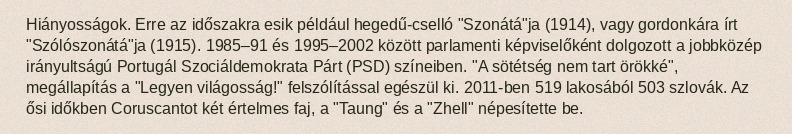
Hiányosságok. Erre az időszakra esik például hegedű-cselló "Szonátá"ja (1914), vagy gordonkára írt "Szólószonátá"ja (1915). 1985–91 és 1995–2002 között parlamenti képviselőként dolgozott a jobbközép irányultságú Portugál Szociáldemokrata Párt (PSD) színeiben. "A sötétség nem tart örökké", megállapítás a "Legyen világosság!" felszólítással egészül ki. 2011-ben 519 lakosából 503 szlovák. Az ősi időkben Coruscantot két értelmes faj, a "Taung" és a "Zhell" népesítette be.